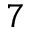
7